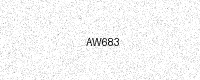
Text: AW683